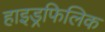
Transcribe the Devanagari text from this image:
हाइड्रफिलिक